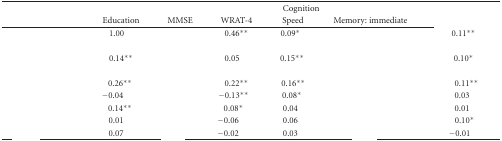
<table><thead><tr><td>[EMPTY_CELL]</td><td colspan="6"><b>Cognition</b></td></tr><tr><td>[EMPTY_CELL]</td><td><b>Education</b></td><td><b>MMSE</b></td><td><b>WRAT-4</b></td><td><b>Speed</b></td><td><b>Memory: immediate</b></td><td>[EMPTY_CELL]</td></tr></thead><tbody><tr><td>[EMPTY_CELL]</td><td>1.00</td><td>[EMPTY_CELL]</td><td>0.46<sup>∗∗</sup></td><td>0.09<sup>∗</sup></td><td>[EMPTY_CELL]</td><td>0.11<sup>∗∗</sup></td></tr><tr><td>[EMPTY_CELL]</td><td>[EMPTY_CELL]</td><td>[EMPTY_CELL]</td><td>[EMPTY_CELL]</td><td>[EMPTY_CELL]</td><td>[EMPTY_CELL]</td><td>[EMPTY_CELL]</td></tr><tr><td>[EMPTY_CELL]</td><td>0.14<sup>∗∗</sup></td><td>[EMPTY_CELL]</td><td>0.05</td><td>0.15<sup>∗∗</sup></td><td>[EMPTY_CELL]</td><td>0.10<sup>∗</sup></td></tr><tr><td>[EMPTY_CELL]</td><td>[EMPTY_CELL]</td><td>[EMPTY_CELL]</td><td>[EMPTY_CELL]</td><td>[EMPTY_CELL]</td><td>[EMPTY_CELL]</td><td>[EMPTY_CELL]</td></tr><tr><td>[EMPTY_CELL]</td><td>0.26<sup>∗∗</sup></td><td>[EMPTY_CELL]</td><td>0.22<sup>∗∗</sup></td><td>0.16<sup>∗∗</sup></td><td>[EMPTY_CELL]</td><td>0.11<sup>∗∗</sup></td></tr><tr><td>[EMPTY_CELL]</td><td>−0.04</td><td>[EMPTY_CELL]</td><td>−0.13<sup>∗∗</sup></td><td>0.08<sup>∗</sup></td><td>[EMPTY_CELL]</td><td>0.03</td></tr><tr><td>[EMPTY_CELL]</td><td>0.14<sup>∗∗</sup></td><td>[EMPTY_CELL]</td><td>0.08<sup>∗</sup></td><td>0.04</td><td>[EMPTY_CELL]</td><td>0.01</td></tr><tr><td>[EMPTY_CELL]</td><td>0.01</td><td>[EMPTY_CELL]</td><td>−0.06</td><td>0.06</td><td>[EMPTY_CELL]</td><td>0.10<sup>∗</sup></td></tr><tr><td>[EMPTY_CELL]</td><td>0.07</td><td>[EMPTY_CELL]</td><td>−0.02</td><td>0.03</td><td>[EMPTY_CELL]</td><td>−0.01</td></tr></tbody></table>